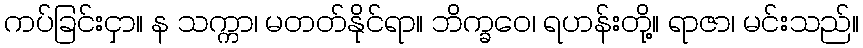
ကပ်ခြင်းငှာ။ န သက္ကာ၊ မတတ်နိုင်ရာ။ ဘိက္ခဝေ၊ ရဟန်းတို့။ ရာဇာ၊ မင်းသည်။